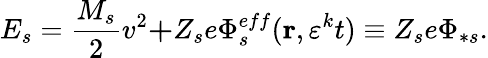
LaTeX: E_{s}=\frac{M_{s}}{2}v^{2}\mathbf{+}{Z_{s}e}\Phi_{s}^{eff}(\mathbf{r},\varepsilon^{k}t)\equiv Z_{s}e\Phi_{\ast s}.